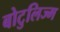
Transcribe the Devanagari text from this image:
बोटुलिज्म